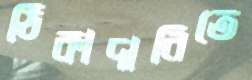
ঠিকাদারিতে